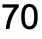
70